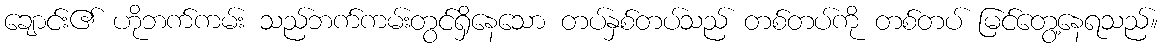
ချောင်း၏ ဟိုဘက်ကမ်း သည်ဘက်ကမ်းတွင်ရှိနေသော တပ်နှစ်တပ်သည် တစ်တပ်ကို တစ်တပ် မြင်တွေ့နေရသည်။